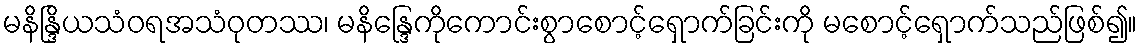
မနိန္ဒြိယသံဝရအသံဝုတဿ၊ မနိန္ဒြေကိုကောင်းစွာစောင့်ရှောက်ခြင်းကို မစောင့်ရှောက်သည်ဖြစ်၍။